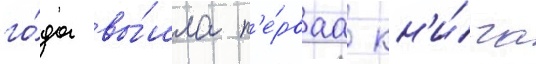
го́да вы́шла п'е́рваа кн'и́га